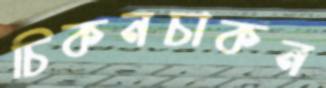
চিকনচাকন